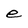
Character: e